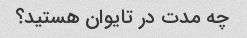
چه مدت در تایوان هستید؟